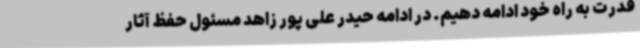
قدرت به راه خود ادامه دهیم. در ادامه حیدر علی پور زاهد مسئول حفظ آثار